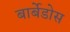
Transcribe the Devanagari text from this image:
बार्बेडोस